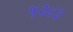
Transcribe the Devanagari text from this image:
५२८३